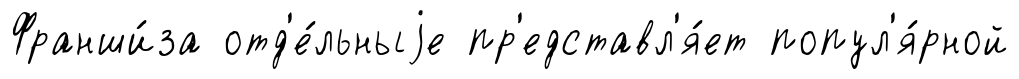
Франши́за отд'е́льныjе пр'едставл'я́ет попул'я́рной